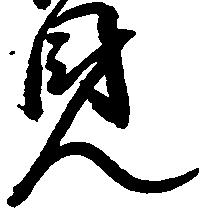
見